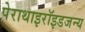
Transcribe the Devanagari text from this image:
पेराथाइरॉइडजन्य